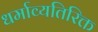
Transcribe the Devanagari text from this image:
धर्माव्यतिरिक्त